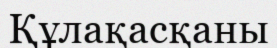
Құлақасқаны